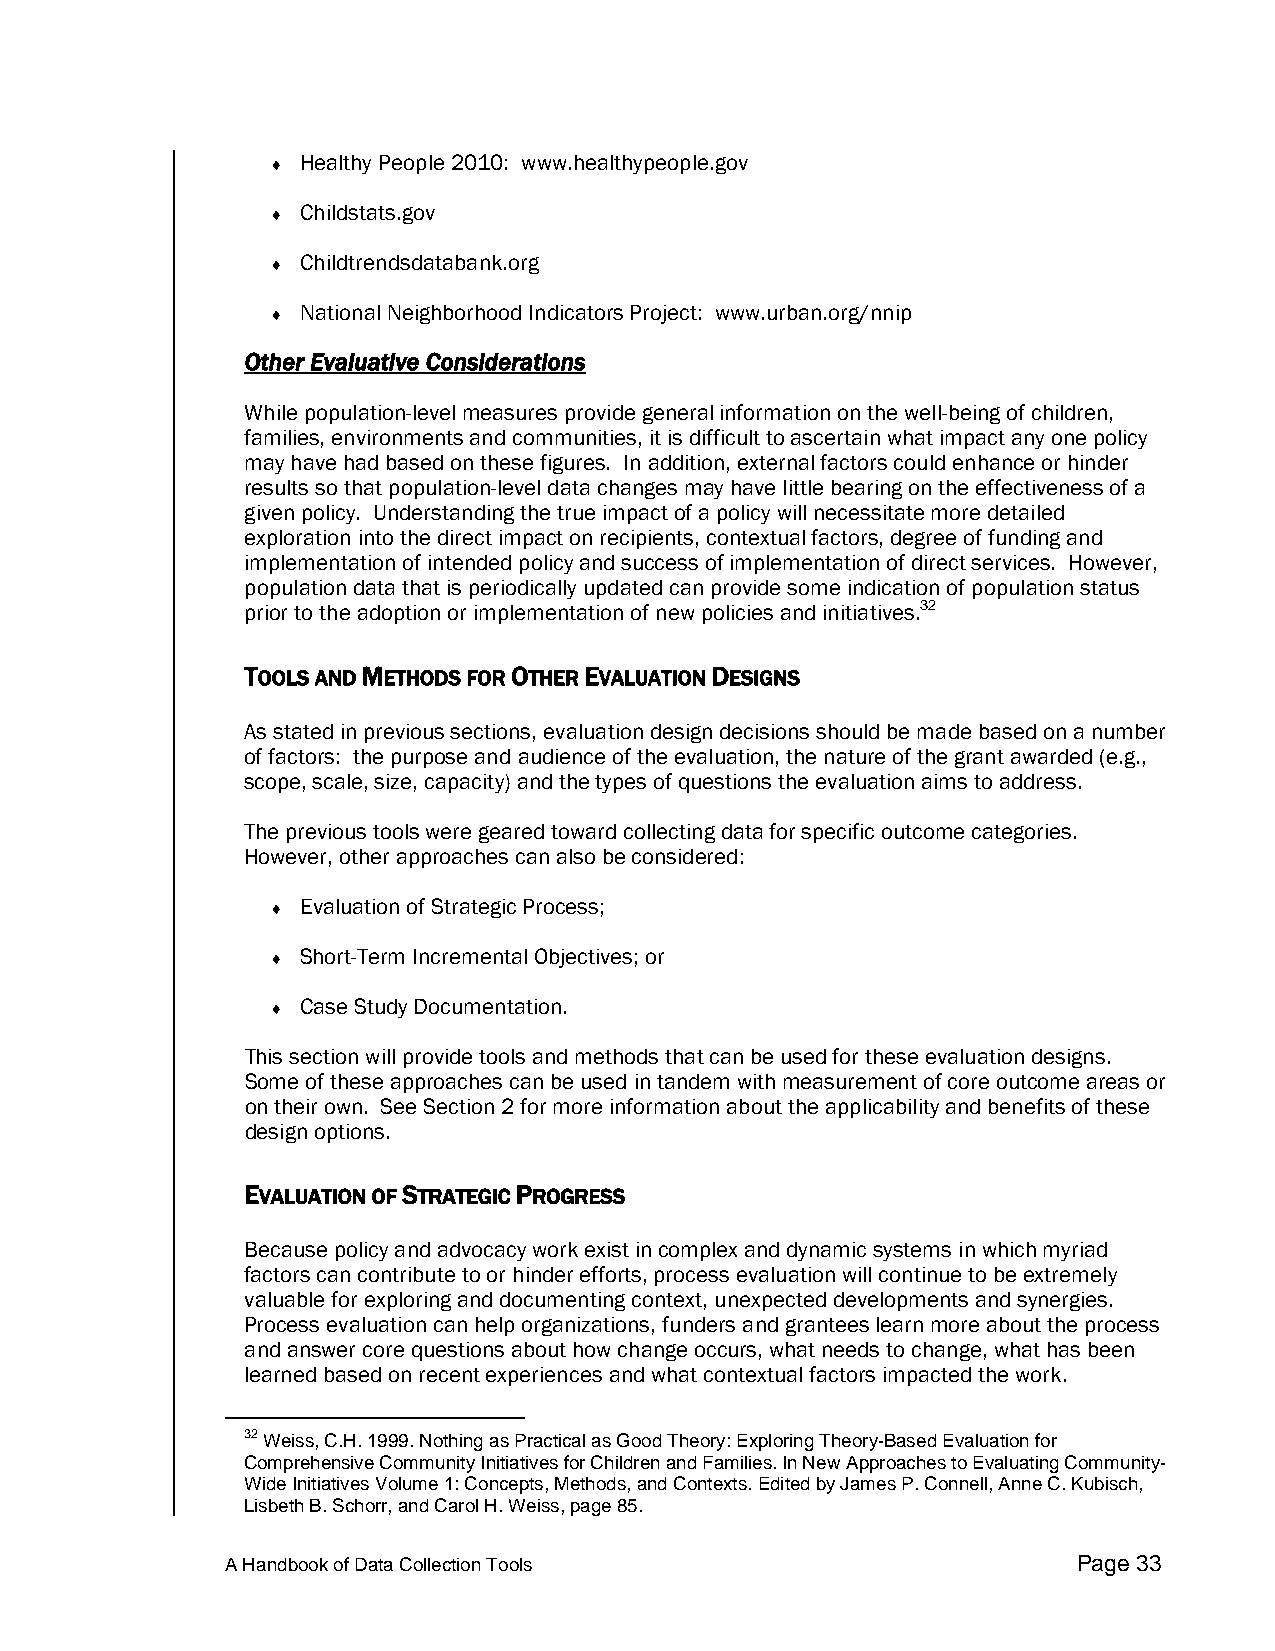
♦ Healthy People 2010: www.healthypeople.gov
 ♦ Childstats.gov
 ♦ Childtrendsdatabank.org
 ♦ National Neighborhood Indicators Project: www.urban.org/nnip
 Other Evaluative Considerations
 While population-level measures provide general information on the well-being of children,
 families, environments and communities, it is difficult to ascertain what impact any one policy
 may have had based on these figures. In addition, external factors could enhance or hinder
 results so that population-level data changes may have little bearing on the effectiveness of a
 given policy. Understanding the true impact of a policy will necessitate more detailed
 exploration into the direct impact on recipients, contextual factors, degree of funding and
 implementation of intended policy and success of implementation of direct services. However,
 population data that is periodically updated can provide some indication of population status
 prior to the adoption or implementation of new policies and initiatives.32
 TOOLS AND METHODS FOR OTHER EVALUATION DESIGNS
 As stated in previous sections, evaluation design decisions should be made based on a number
 of factors: the purpose and audience of the evaluation, the nature of the grant awarded (e.g.,
 scope, scale, size, capacity) and the types of questions the evaluation aims to address.
 The previous tools were geared toward collecting data for specific outcome categories.
 However, other approaches can also be considered:
 ♦ Evaluation of Strategic Process;
 ♦ Short-Term Incremental Objectives; or
 ♦ Case Study Documentation.
 This section will provide tools and methods that can be used for these evaluation designs.
 Some of these approaches can be used in tandem with measurement of core outcome areas or
 on their own. See Section 2 for more information about the applicability and benefits of these
 design options.
 EVALUATION OF STRATEGIC PROGRESS
 Because policy and advocacy work exist in complex and dynamic systems in which myriad
 factors can contribute to or hinder efforts, process evaluation will continue to be extremely
 valuable for exploring and documenting context, unexpected developments and synergies.
 Process evaluation can help organizations, funders and grantees learn more about the process
 and answer core questions about how change occurs, what needs to change, what has been
 learned based on recent experiences and what contextual factors impacted the work.
 32 Weiss, C.H. 1999. Nothing as Practical as Good Theory: Exploring Theory-Based Evaluation for
 Comprehensive Community Initiatives for Children and Families. In New Approaches to Evaluating Community-
 Wide Initiatives Volume 1: Concepts, Methods, and Contexts. Edited by James P. Connell, Anne C. Kubisch,
 Lisbeth B. Schorr, and Carol H. Weiss, page 85.
 A Handbook of Data Collection Tools                     Page 33